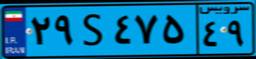
۲۹S۴۷۵۴۹